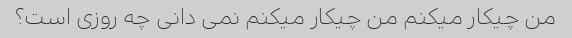
من چیکار میکنم من چیکار میکنم نمی دانی چه روزی است؟